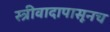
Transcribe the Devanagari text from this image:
स्त्रीवादापासूनच